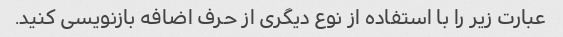
عبارت زیر را با استفاده از نوع دیگری از حرف اضافه بازنویسی کنید.